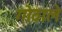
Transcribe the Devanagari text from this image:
गोठाले